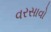
વરસાવો